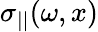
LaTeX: \sigma_{||}(\omega,x)